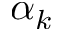
\alpha _ { k }